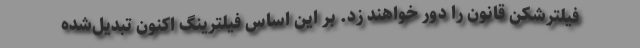
فیلترشکن قانون را دور خواهند زد. بر این اساس فیلترینگ اکنون تبدیل‌شده